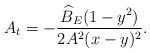
LaTeX: \begin{align*}A_t = -\frac{\widehat{B}_E (1-y^2)}{2 A^2 (x-y)^2}.\end{align*}